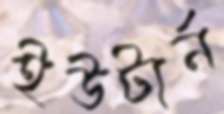
ইউটার্ন